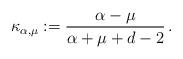
LaTeX: \begin{align*}\kappa_{\alpha,\mu}:=\frac{\alpha-\mu}{\alpha+\mu+d-2}\,.\end{align*}